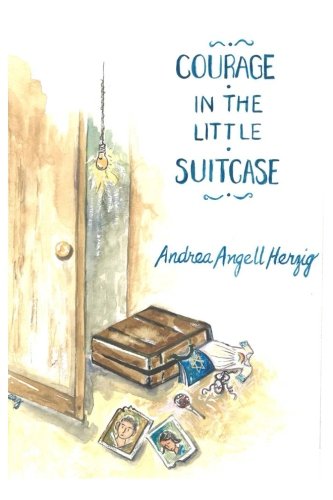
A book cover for Courage in the Little Suitcase; Andrea Angell Herzig; Teen & Young Adult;